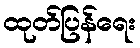
ထုတ်ပြန်ရေး